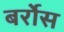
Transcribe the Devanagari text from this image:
बर्रोस